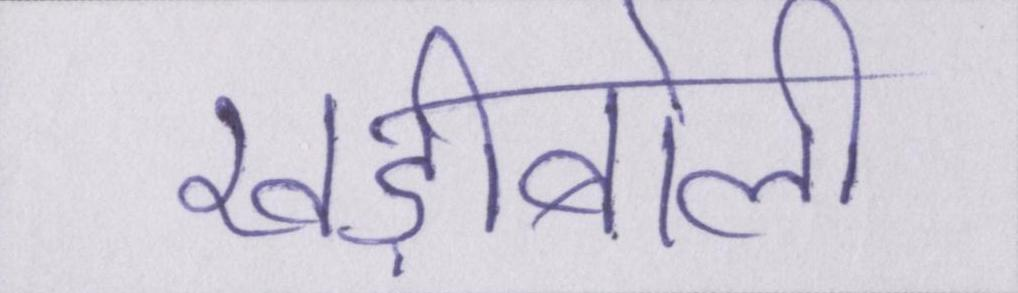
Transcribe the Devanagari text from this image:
खड़ीबोली